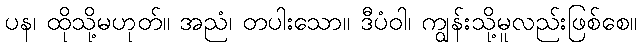
ပန၊ ထိုသို့မဟုတ်။ အညံ၊ တပါးသော။ ဒီပံဝါ၊ ကျွန်းသို့မူလည်းဖြစ်စေ။